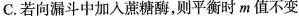
C.若向漏斗中加入蔗糖酶，则平衡时m值不变